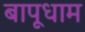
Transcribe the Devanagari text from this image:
बापूधाम